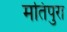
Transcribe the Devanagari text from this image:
मतिपुरा